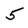
Character: 5